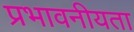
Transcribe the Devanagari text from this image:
प्रभावनीयता